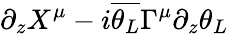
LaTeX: \partial_{z}X^{\mu}-i{\overline{{\theta_{L}}}}\Gamma^{\mu}\partial_{z}\theta_{L}